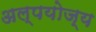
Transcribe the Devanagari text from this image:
अल्पयोज्य